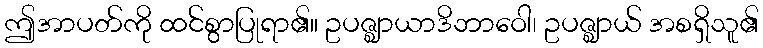
ဤအာပတ်ကို ထင်စွာပြုရာ၏။ ဥပဇ္ဈာယာဒိဘာဝေါ၊ ဥပဇ္ဈာယ် အစရှိသူ၏